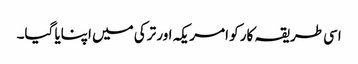
اسی طریقہ کار کو امریکہ اور ترکی میں اپنایا گیا۔